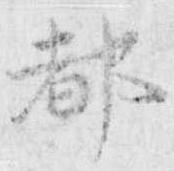
都